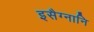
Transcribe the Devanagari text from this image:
इसैग्नानि